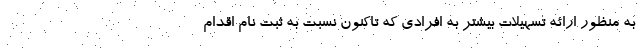
به منظور ارائه تسهیلات بیشتر به افرادی که تاکنون نسبت به ثبت نام اقدام